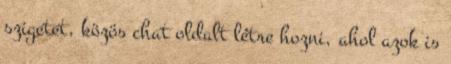
szigetet, közös chat oldalt létre hozni, ahol azok is